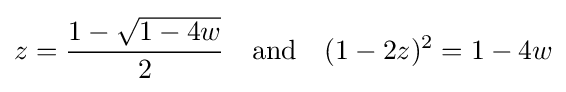
z={\frac {1-{\sqrt {1-4w}}}{2}}\quad {\text{and}}\quad (1-2z)^{2}=1-4w